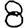
Digit: 8